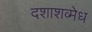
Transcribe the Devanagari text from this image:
दशाशव्मेध